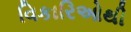
વિકારિઓથી